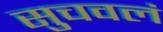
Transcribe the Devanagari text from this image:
सुचवलं